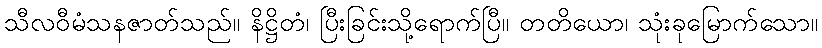
သီလဝီမံသနဇာတ်သည်။ နိဋ္ဌိတံ၊ ပြီးခြင်းသို့ရောက်ပြီ။ တတိယော၊ သုံးခုမြောက်သော။